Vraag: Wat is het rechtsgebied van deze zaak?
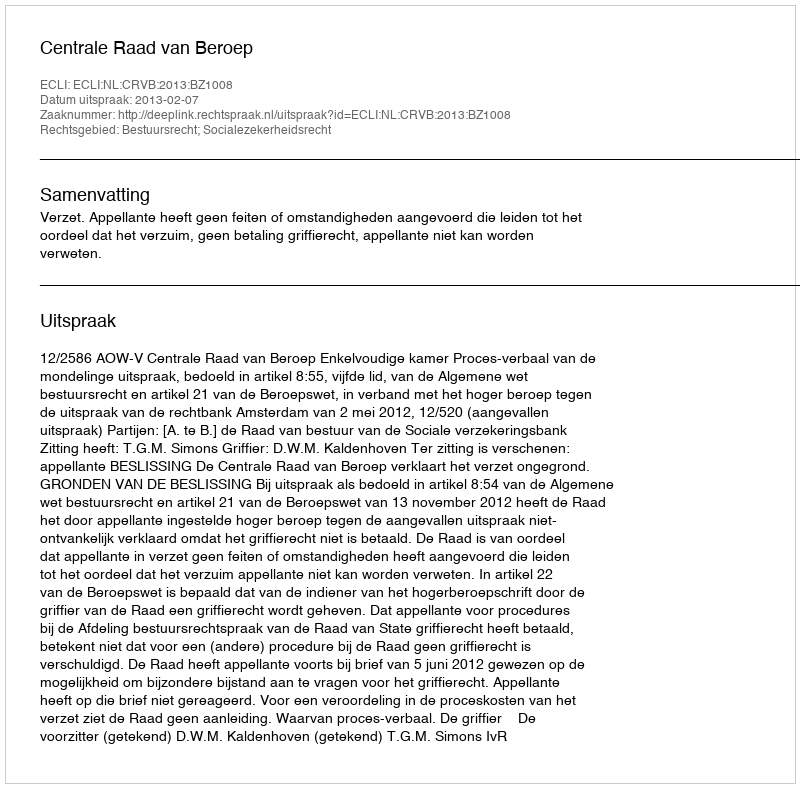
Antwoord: Bestuursrecht; Socialezekerheidsrecht